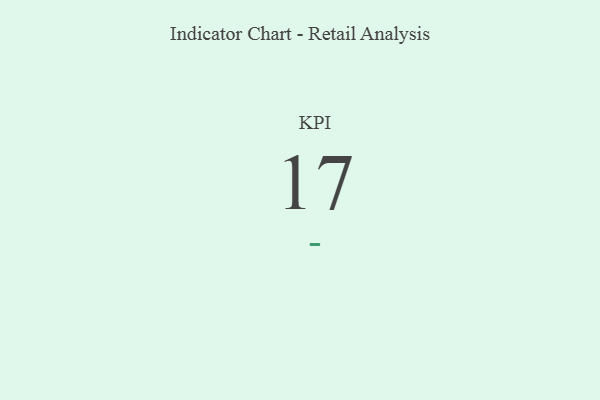
{"axis": {"x": "KPI", "y": "Value"}, "legend": [""], "data": [{"x": "KPI", "y": 17, "type": ""}]}